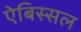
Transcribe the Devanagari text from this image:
ऐबिस्सल